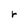
Character: r